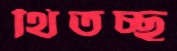
থিতচ্ছ